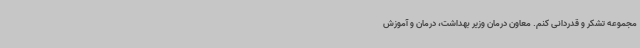
مجموعه تشکر و قدردانی کنم. معاون درمان وزیر بهداشت، درمان و آموزش